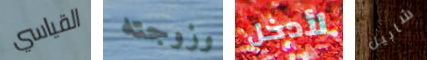
القياسي وزوجته لأدخل شابيل